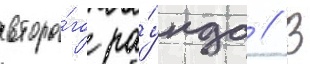
второ́го ра́унда // В